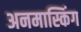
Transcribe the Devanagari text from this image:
अनमास्किंग